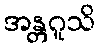
အန္တဂူသိ